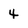
Character: 4